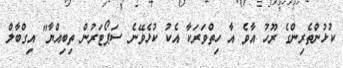
ކުޅުންތެރިންގެ ރޫހު އާވެ އާ ހިތްވަރަކާ އެކު ކުޅެވޭނެ ސަޕޯޓަރުން ތިބިއްޔާ" އިގްބާލް